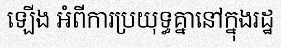
ឡើង អំពីការប្រយុទ្ធគ្នានៅក្នុងរដ្ឋ